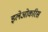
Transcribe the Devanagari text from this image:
इलेओकरिस